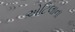
એટિલાના